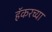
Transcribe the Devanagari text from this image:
हॅकरच्या